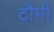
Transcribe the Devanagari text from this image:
टौमी